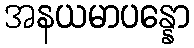
အနယမာပန္နော